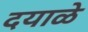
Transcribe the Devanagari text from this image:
दयाळे